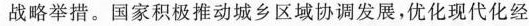
战略举措。国家积极推动城乡区域协调发展，优化现代化经